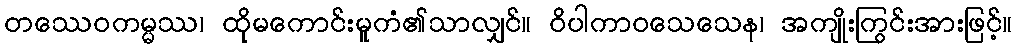
တဿေဝကမ္မဿ၊ ထိုမကောင်းမူကံ၏သာလျှင်။ ဝိပါကာဝသေသေန၊ အကျိုးကြွင်းအားဖြင့်။